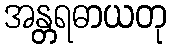
အန္တရဓာယတု